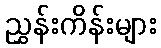
ညွှန်းကိန်းများ